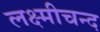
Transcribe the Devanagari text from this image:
लक्ष्मीचन्द